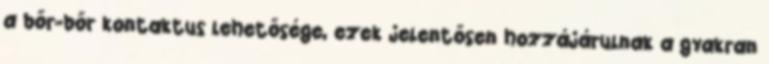
a bőr-bőr kontaktus lehetősége, ezek jelentősen hozzájárulnak a gyakran